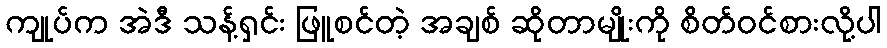
ကျုပ်က အဲဒီ သန့်ရှင်း ဖြူစင်တဲ့ အချစ် ဆိုတာမျိုးကို စိတ်ဝင်စားလို့ပါ